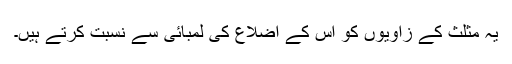
یہ مثلث کے زاویوں کو اس کے اضلاع کی لمبائی سے نسبت کرتے ہیں۔